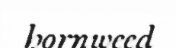
hornweed